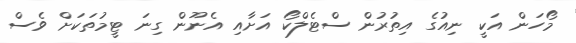
މޯހަން އަކީ ނިއުގެ އިތުރުން ސްޓެލްކޯ އަށާއި އެނޫން ގިނަ ޓީމުތަކަށް ވެސް